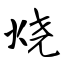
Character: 烧